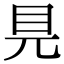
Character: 𥃺